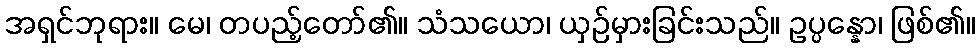
အရှင်ဘုရား။ မေ၊ တပည့်တော်၏။ သံသယော၊ ယှဉ်မှားခြင်းသည်။ ဥပ္ပန္နော၊ ဖြစ်၏။